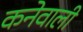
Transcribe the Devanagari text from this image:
कनेवाली